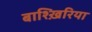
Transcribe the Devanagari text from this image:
बाश्ख़िरिया